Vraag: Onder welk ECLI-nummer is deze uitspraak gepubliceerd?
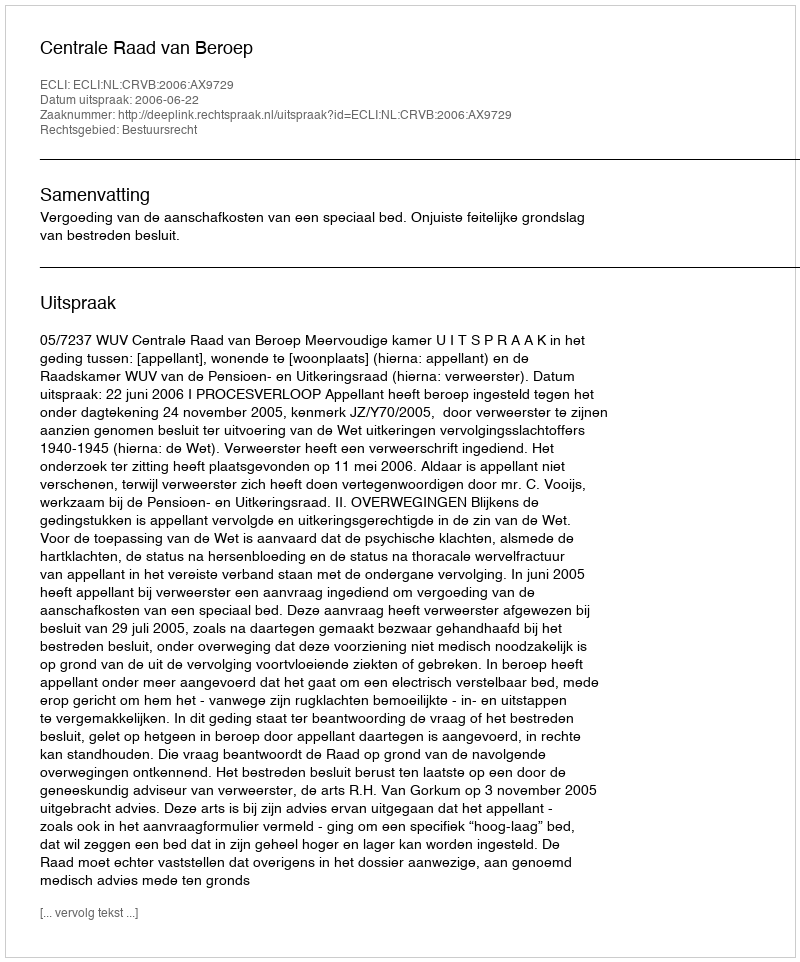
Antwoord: ECLI:NL:CRVB:2006:AX9729